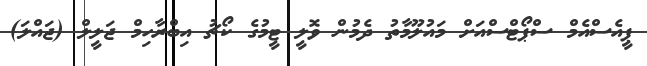
ޕީއެސްއެމް ސްޕޯޓްސްއަށް މައުލޫމާތު ދެމުން ވޮލީ ޓީމުގެ ކޯޗު އިބްރާހިމް ޖަލީލް (ޖައްލަ)